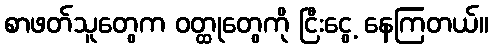
စာဖတ်သူတွေက ဝတ္ထုတွေကို ငြီးငွေ့ နေကြတယ်။